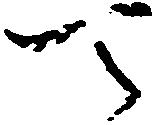
天